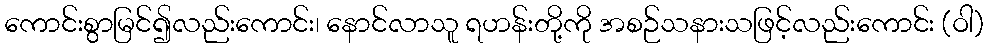
ကောင်းစွာမြင်၍လည်းကောင်း၊ နောင်လာသူ ရဟန်းတို့ကို အစဉ်သနားသဖြင့်လည်းကောင်း (ဝါ)